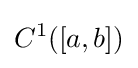
C^{1}([a,b])